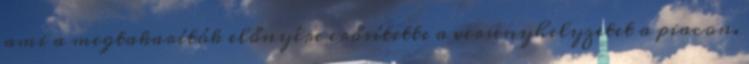
ami a megtakarítók előnyére erősítette a versenyhelyzetet a piacon.